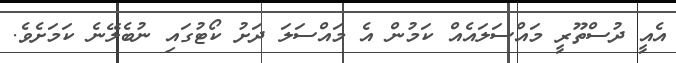
އެއީ ދުސްތޫރީ މައްސަލައެއް ކަމުން އެ މައްސަލަ ދަށު ކޯޓުގައި ނުބެލޭނެ ކަމަށެވެ.